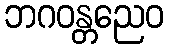
ဘဂဝန္တညေဝ